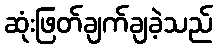
ဆုံးဖြတ်ချက်ချခဲ့သည်